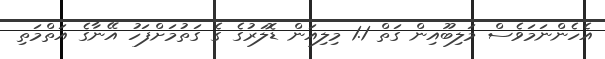
އެހެންނަމަވެސް މަލިބޫއިން ގަތް 1.1 މިލިއަން ޑޮލަރުގެ ގެ ގަތުމަށްފަހު އޭނާގެ އަތްމަތި